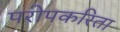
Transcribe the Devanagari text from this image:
परोपकरिता